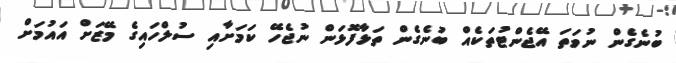
ބުނެގެން ނުވަތަ އޭޖެންޓުތަކެއް ބުނެގެން ތަޅާފޮޅަން ނުޖެހޭ ކަމަށާއި ސުލްހައިގެ މޭޒަށް އައުމަށް